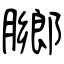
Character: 膷